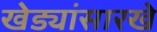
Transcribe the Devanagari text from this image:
खेड्यांसारखे